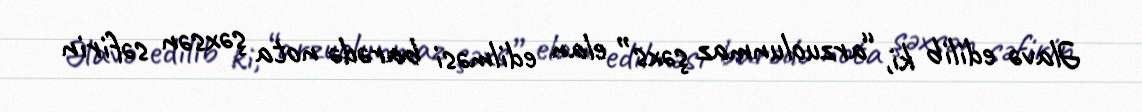
Əlavə edilib ki, “arzuolunmaz şəxs” elan edilməsi barədə nota şəxsən səfirin